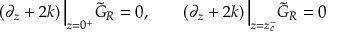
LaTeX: \left( \partial _ { z } + 2 k \right) \Big \vert _ { z = 0 ^ { + } } \tilde { G } _ { R } = 0 , \qquad \left( \partial _ { z } + 2 k \right) \Big \vert _ { z = z _ { c } ^ { - } } \tilde { G } _ { R } = 0